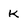
Character: k